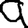
Digit: 9